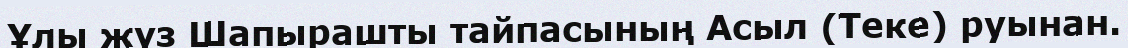
Ұлы жүз Шапырашты тайпасының Асыл (Теке) руынан.